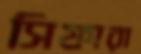
সিফারা